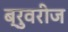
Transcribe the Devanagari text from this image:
ब्रुवरीज